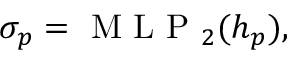
\begin{array} { r } { \begin{array} { r } { \sigma _ { p } = \mathrm { ~ M ~ L ~ P ~ } _ { 2 } ( h _ { p } ) , } \end{array} } \end{array}